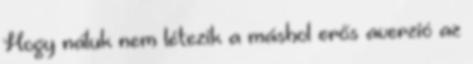
Hogy náluk nem létezik a máshol erős averzió az